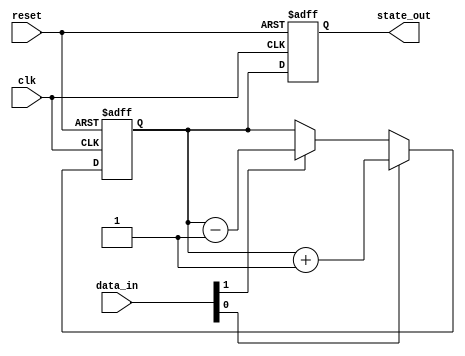
module negative_edge_sensitive_block (
    input wire clk,         // Clock signal
    input wire reset,       // Reset signal
    input wire [3:0] data_in, // Input data
    output reg [3:0] state_out // Output state
);

// State variable
reg [3:0] state;

// Initial block for initialization
initial begin
    state = 4'b0000; // Initialize state to 0
    state_out = 4'b0000; // Initialize output to 0
end

// Always block sensitive to the negative edge of clk
always @(negedge clk or posedge reset) begin
    if (reset) begin
        // Reset condition
        state <= 4'b0000; // Reset state to 0
        state_out <= 4'b0000; // Reset output to 0
    end else begin
        // Update state based on input data
        if (data_in[0]) begin
            state <= state + 1; // Increment state if data_in[0] is high
        end else if (data_in[1]) begin
            state <= state - 1; // Decrement state if data_in[1] is high
        end else begin
            state <= state; // Hold state if no conditions are met
        end
        
        // Generate output based on the current state
        state_out <= state; // Output the current state
    end
end

endmodule